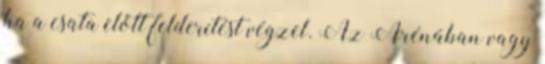
ha a csata előtt felderítést végzel. Az Arénában vagy